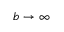
b \to \infty